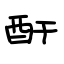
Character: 酐